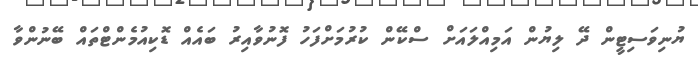
ޔުނިވަސިޓީން ދޭ ލިޔުން އަމިއްލައަށް ސްކޭން ކުރުމަށްފަހު ފޮނުވާއިރު ބައެއް ޑޮކިއުމެންޓްތައް ބޭނުންވާ